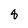
Character: 8